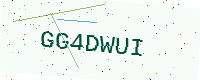
Text: GG4DWUI